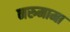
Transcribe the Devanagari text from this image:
नरुमामा